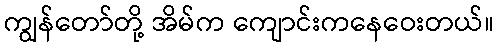
ကျွန်တော်တို့ အိမ်က ကျောင်းကနေဝေးတယ်။